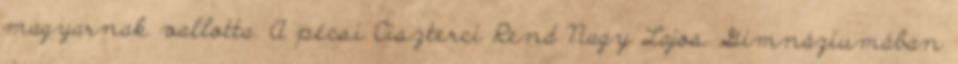
magyarnak vallotta. A pécsi Ciszterci Rend Nagy Lajos Gimnáziumában